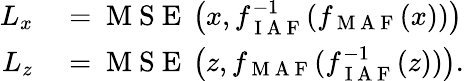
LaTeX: \begin{array}{rl}{L_{x}}&{{}=\mathrm{~M~S~E~}\left(x,f_{\mathrm{~I~A~F~}}^{-1}(f_{\mathrm{~M~A~F~}}(x))\right)}\\ {L_{z}}&{{}=\mathrm{~M~S~E~}\left(z,f_{\mathrm{~M~A~F~}}(f_{\mathrm{~I~A~F~}}^{-1}(z))\right).}\end{array}